Vaccination in Burma 1889-1999 - 1889-1999
Year: 1889
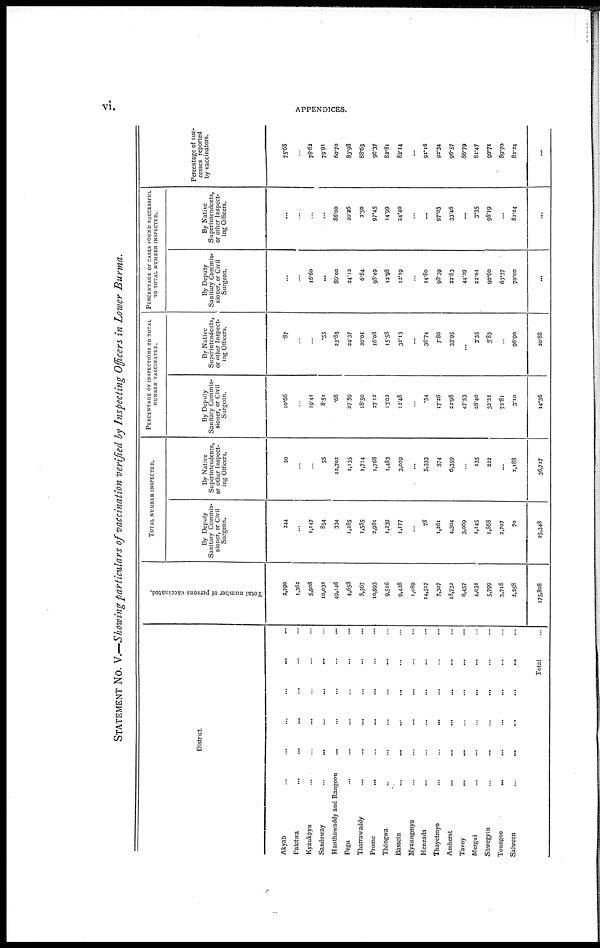
vi.
APPENDICES.
STATEMENT No. V.—Showing particulars of vaccination verified by Inspecting Officers in Lower Burma.
District.
Akyab
...
...
...
...
...
...
Paletwa... ... ... ... ... ...
Kyaukpyu
...
...
...
...
...
...
Sandoway...
...
...
...
...
...
Hanthawaddy and Rangoon... ... ... ... ... ...
Pegu... ... ... ... ... ...
Tharrawaddy... ... ... ... ... ...
Prome...
...
...
...
...
...
Thongwa... ... ... ... ... ...
Bassein...
...
...
...
...
...
Myaungmya...
...
...
...
...
...
Henzada
...
...
...
...
...
...
Thayetmyo...
...
...
...
...
...
Amherst...
...
...
...
...
...
Tavoy... ... ... ... ... ...
Mergui...
...
...
...
...
...
Shwegyin... ... ... ... ... ...
Toungoo...
...
...
...
...
...
Salween
...
...
...
...
...
...
Total...
Total number of persons vaccinated.
2,290
1,362
5,908
10,032
49,146
4,653
8,567
10,993
9,516
9,428
1,089
14,517
7,307
18,732
6,457
4,031
5,799
3,718
2,258
175,808
TOTAL NUMBER INSPECTED.
By Deputy
Sanitary Commis-
sioner, or Civil
Surgeon.
244
...
1,147
854
334
1,285
1,585
2,981
1,239
1,177
...
78
1,261
4,304
3,069
1,145
1,868
2,707
70
25,348
By Native
Superintendents,
or other Inspect-
ing Officers.
20
...
...
55
12,702
1,135
1,714
1,768
1,483
3,029
...
5,333
574
6,359
...
135
222
...
2,188
36,717
PERCENATGE OF INSPECTIONS TO TOTAL
NUMBER VACCINATED.
By Deputy
Sanitary Commis-
sioner, or Civil
Surgeon.
10.66
...
19.41
8.51
.68
27.59
18.50
27.12
13.02
12.48
...
.54
17.26
22.98
47.53
28.40
32.21
72.81
3.10
14.36
By Native
Superintendents,
or other Inspect-
ing Officers.
.87
...
...
.55
25.85
24.37
20.01
16.08
15.58
32.13
...
36.74
7.86
33.95
...
3.35
3.83
...
96.90
20.88
PERCENTAGE OF CASES FOUND SUCCESSFUL
TO TOTAL NUMBER INSPECTED.
By Deputy
Sanitary Commis-
sioner, or Civil
Surgeon.
...
...
16.60
...
86.00
24.12
6.84
98.49
12.98
12.19
...
14.80
98.39
22.83
44.29
22.01
90.60
63.37
70.00
...
By Native
Superintendents,
or other Inspect-
ing Officers.
...
...
...
...
86.00
20.26
2.50
97.45
14.99
24.40
...
...
97.03
33.46
...
3.35
98.19
...
82.24
...
Percentage of suc-
cesses reported
by vaccinators.
75.68
...
78.62
79.91
60.70
83.98
88.63
96.37
82.81
82.14
...
91.16
92.34
96.57
86.79
81.47
90.71
89.70
82.24
...